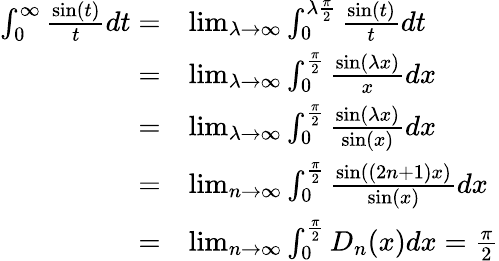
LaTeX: {\begin{array}{rl}{\int_{0}^{\infty}{\frac{\sin(t)}{t}}dt=}&{\operatorname*{lim}_{\lambda\to\infty}\int_{0}^{\lambda{\frac{\pi}{2}}}{\frac{\sin(t)}{t}}dt}\\ {=}&{\operatorname*{lim}_{\lambda\to\infty}\int_{0}^{\frac{\pi}{2}}{\frac{\sin(\lambda x)}{x}}dx}\\ {=}&{\operatorname*{lim}_{\lambda\to\infty}\int_{0}^{\frac{\pi}{2}}{\frac{\sin(\lambda x)}{\sin(x)}}dx}\\ {=}&{\operatorname*{lim}_{n\to\infty}\int_{0}^{\frac{\pi}{2}}{\frac{\sin((2n+1)x)}{\sin(x)}}dx}\\ {=}&{\operatorname*{lim}_{n\to\infty}\int_{0}^{\frac{\pi}{2}}D_{n}(x)dx={\frac{\pi}{2}}}\end{array}}